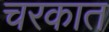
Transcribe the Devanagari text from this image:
चरकात